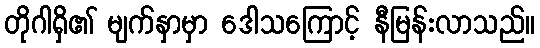
တိုဂါရှိ၏ မျက်နှာမှာ ဒေါသကြောင့် နီမြန်းလာသည်။